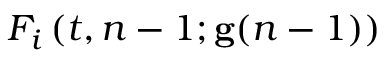
F _ { i } \left( t , n - 1 ; \mathbf { g } ( n - 1 ) \right)